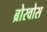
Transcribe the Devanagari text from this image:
ब्रोरवोस